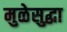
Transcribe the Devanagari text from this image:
मुळेसुद्धा